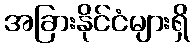
အခြားနိုင်ငံများရှိ